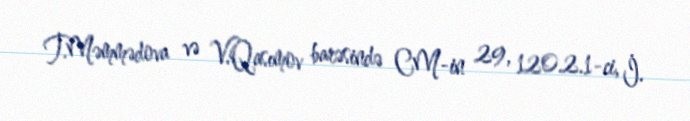
T.Məmmədova və V.Qasımov barəsində CM-in 29, 120.2.1-ci, İ.